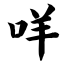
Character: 咩